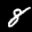
Label: 8